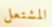
المشتعل